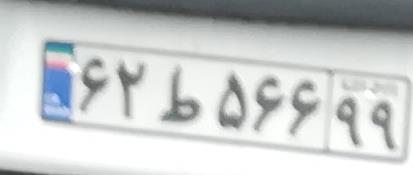
۶۲ط۵۶۶۹۹